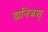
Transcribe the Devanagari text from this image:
खनिजश्